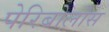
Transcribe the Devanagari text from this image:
पेरिबोलोस